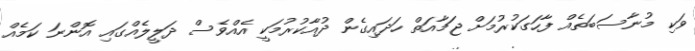
ވަކި މުނާސަބަތެއް ފާހަގަކުރުމަށް ޖަމާއަތް ހަދައިގެން ދުއާކުރުމަކީ އެއްވެސް ދަލީލެއްގައި އޮންނަ ކަމެއް